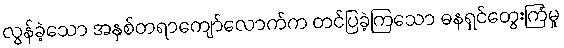
လွန်ခဲ့သော အနှစ်တရာကျော်လောက်က တင်ပြခဲ့ကြသော ဓနရှင်တွေးကြံမှု